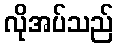
လိုအပ်သည်